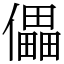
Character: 儡